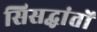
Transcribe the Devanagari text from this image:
सिसद्धांतों